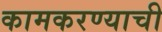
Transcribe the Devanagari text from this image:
कामकरण्याची